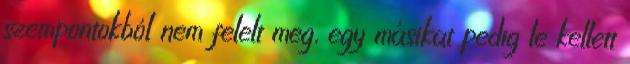
szempontokból nem felelt meg, egy másikat pedig le kellett